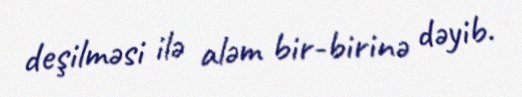
deşilməsi ilə aləm bir-birinə dəyib.